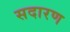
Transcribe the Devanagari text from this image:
सदारण